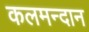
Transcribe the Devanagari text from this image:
कलमन्दान